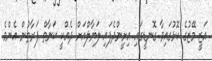
އަޒީ މޭޒުގެ ކޮޅުގައިވާ ގޮނޑީގައި އިށީންދެފައި ލަޔާލްއަށް ދެއްކީ ކަނާތް ފަރާތުން އެންމެ